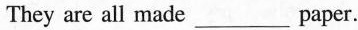
They are all made___paper.